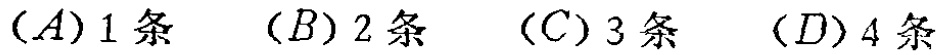
$(A)1\text{ 条}\quad (B)2\text{ 条}\quad (C)3\text{ 条}\quad (D)4\text{ 条}$